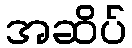
အဆိပ်